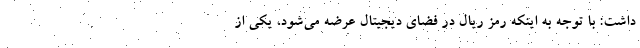
داشت: با توجه به اینکه رمز ریال در فضای دیجیتال عرضه می‌شود، یکی از